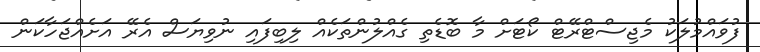
ފުވައްމުލަކު މެޖިސްޓްރޭޓް ކޯޓަށް މާ ބޮޑެތި ގެއްލުންތަކެއް ލިބިފައި ނުވިޔަސް އެރޭ އަށެއްޖަހާކަން